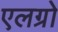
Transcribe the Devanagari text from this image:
एलग्रो